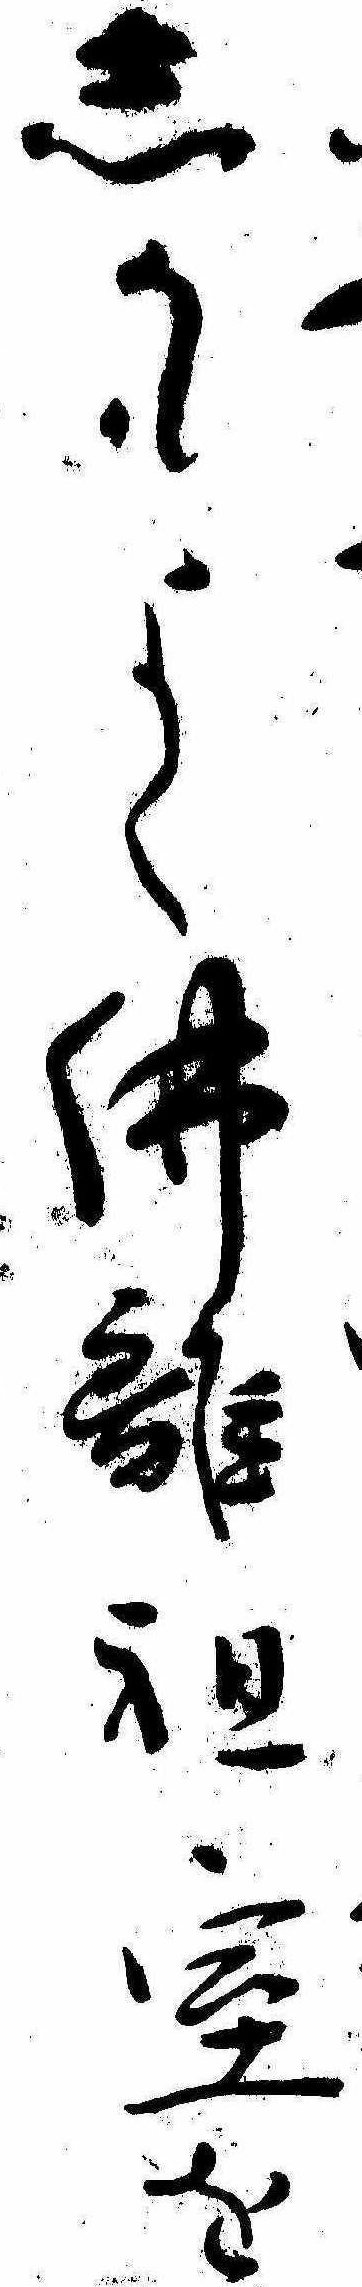
しかもよく仏籬祖室を